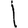
Digit: 1